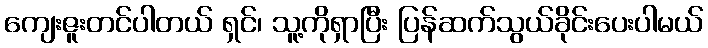
ကျေးဇူးတင်ပါတယ် ရှင်၊ သူ့ကိုရှာပြီး ပြန်ဆက်သွယ်ခိုင်းပေးပါမယ်